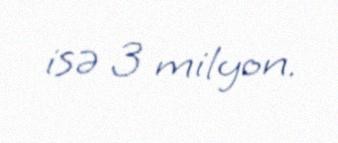
isə 3 milyon.